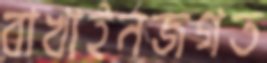
রাখাইনজগত